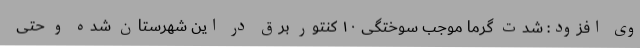
وی افزود: شدت گرما موجب سوختگی ۱۰ کنتور برق در این شهرستان شده و حتی